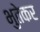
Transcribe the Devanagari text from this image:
भुतेकर